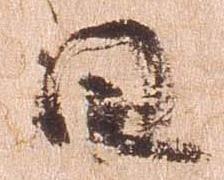
日